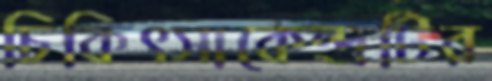
চিকিৎসাকেন্দ্রটির